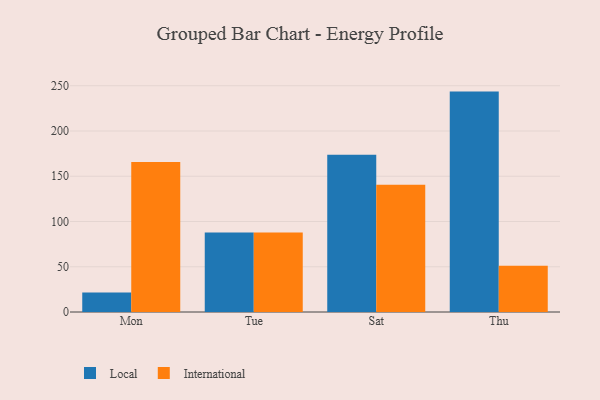
{"axis": {"x": "Day", "y": "Operating Costs (USD K)"}, "legend": ["International", "Local"], "data": [{"x": "Mon", "y": 21.6, "type": "Local"}, {"x": "Mon", "y": 165.6, "type": "International"}, {"x": "Tue", "y": 87.9, "type": "Local"}, {"x": "Tue", "y": 87.8, "type": "International"}, {"x": "Sat", "y": 173.6, "type": "Local"}, {"x": "Sat", "y": 140.5, "type": "International"}, {"x": "Thu", "y": 243.5, "type": "Local"}, {"x": "Thu", "y": 51.0, "type": "International"}]}